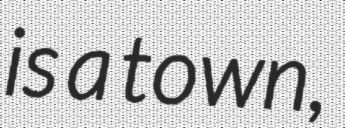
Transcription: is a town,